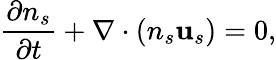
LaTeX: \frac{\partial n_{s}}{\partial t}+\nabla\cdot(n_{s}\mathbf{u}_{s})=0,